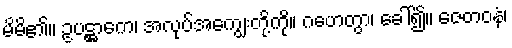
မိမိ၏။ ဥပဋ္ဌာကေ၊ အလုပ်အကျွေးတို့ကို။ ဂဟေတွာ၊ ခေါ်၍။ ဇေတဝနံ၊